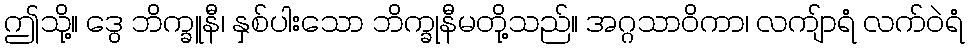
ဤသို့။ ဒွေ ဘိက္ခူနီ၊ နှစ်ပါးသော ဘိက္ခုနီမတို့သည်။ အဂ္ဂသာဝိကာ၊ လကျ်ာရံ လက်ဝဲရံ